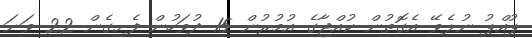
ޕުއްޕު ނުލެވޭ އެގޮތުން ކުއްޖާގެ އުމުރުން 15 ދުވަހުން ފެށިގެން 22 ވަނަ